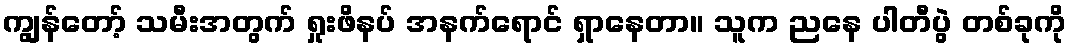
ကျွန်တော့် သမီးအတွက် ရှုးဖိနပ် အနက်ရောင် ရှာနေတာ။ သူက ညနေ ပါတီပွဲ တစ်ခုကို